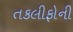
તકલીફોની